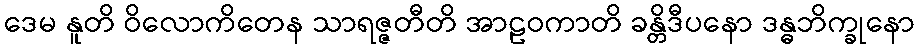
ဒေမ နူတိ ဝိလောကိတေန သာရဇ္ဇတီတိ အာဠဝကာတိ ခန္တိဒီပနော ဒန္ဓဘိက္ခုနော